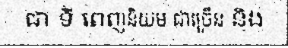
ជា ទី ពេញនិយម ជាច្រើន និង